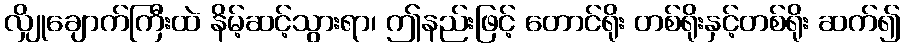
လျှိုချောက်ကြီးထဲ နိမ့်ဆင့်သွားရာ၊ ဤနည်းဖြင့် တောင်ရိုး တစ်ရိုးနှင့်တစ်ရိုး ဆက်၍